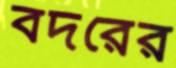
বদরের